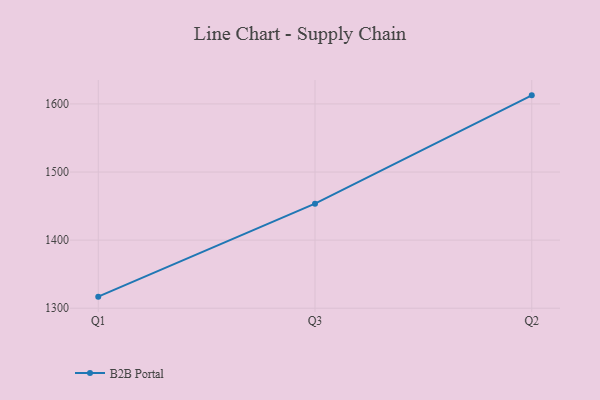
{"axis": {"x": "Quarter", "y": "Population (Million)"}, "legend": ["B2B Portal"], "data": [{"x": "Q1", "y": 1317.0, "type": "B2B Portal"}, {"x": "Q3", "y": 1453.5, "type": "B2B Portal"}, {"x": "Q2", "y": 1612.6, "type": "B2B Portal"}]}